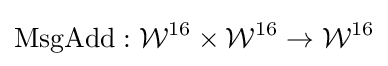
{\textrm {MsgAdd}}:{\mathcal {W}}^{16}\times {\mathcal {W}}^{16}\rightarrow {\mathcal {W}}^{16}